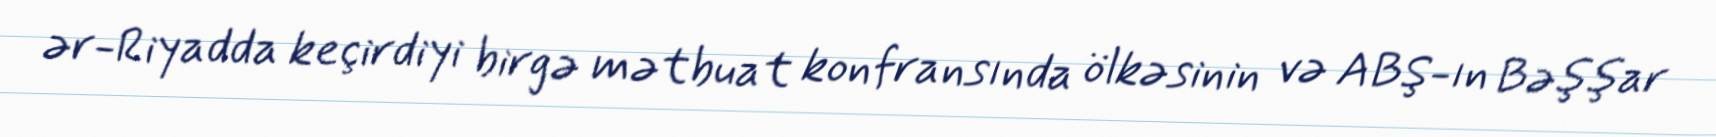
ər-Riyadda keçirdiyi birgə mətbuat konfransında ölkəsinin və ABŞ-ın Bəşşar